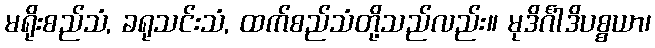
မရိုးစည်သံ, ခရုသင်းသံ, ထက်စည်သံတို့သည်လည်း။ မုဒိင်္ဂါဒိပစ္စယာ၊